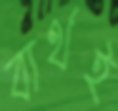
ব্যর্থই